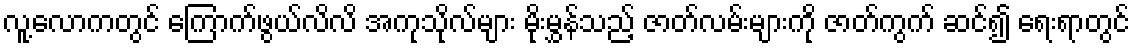
လူ့လောကတွင် ကြောက်ဖွယ်လိလိ အကုသိုလ်များ မိုးမွှန်သည့် ဇာတ်လမ်းများကို ဇာတ်ကွက် ဆင်၍ ရေးရာတွင်